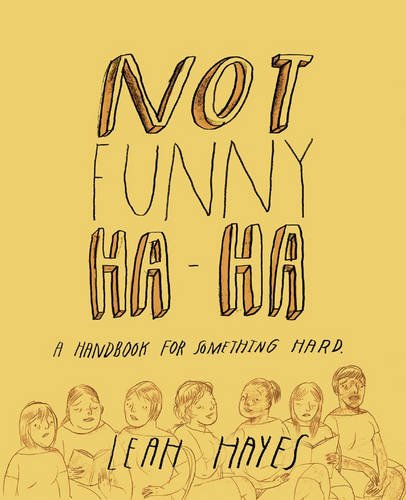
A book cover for Not Funny Ha-Ha; Leah Hayes; Comics & Graphic Novels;